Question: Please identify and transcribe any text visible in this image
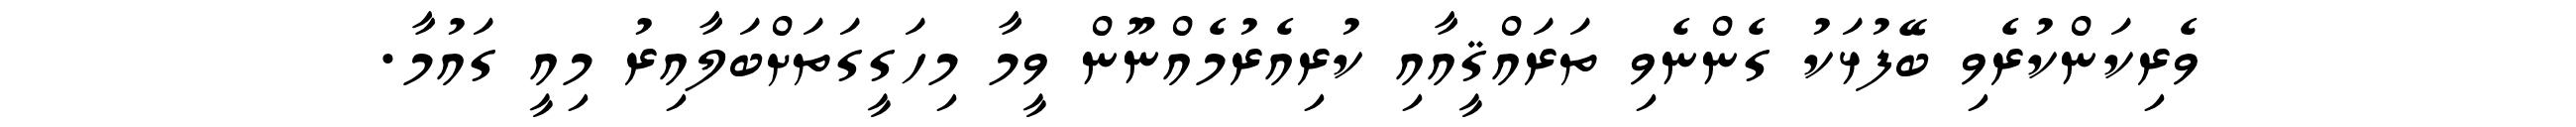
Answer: ވެރިކަންކުރެވި ބޭފުޅަކު ގެންނެވި ތަރައްޤީއާއި ކުރިއެރުމެއްނޫން ވީމާ މިހަގީގަތަށްބަލާއިރު މިއީ ގައުމާ.